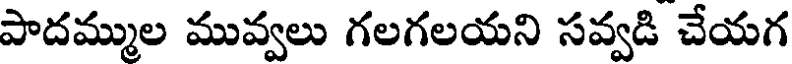
పాదమ్ముల మువ్వలు గలగలయని సవ్వడి చేయగ